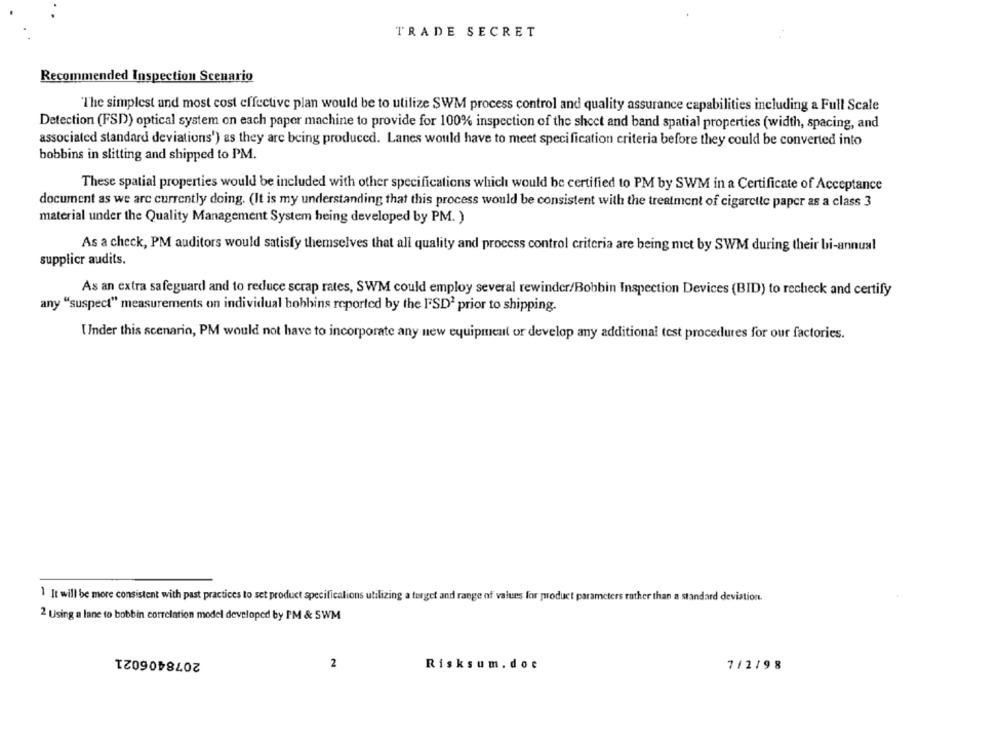
TRADE SECRET
Recommended Inspection Scenario
The simplest and most cost effective plan would be to utilize SWM process control and quality assurance capabilities including a Full Scale
Detection (FSD)) optical system on each paper machine to provide for 100% inspection of the sheet and band spatial properties (width, spacing, and
associated standard deviations') as they are being produced. Lanes would have to meet specification criteria before they could be converted into
bobbins in slitting and shipped to PM.
These spatial properties would be included with other specifications which would be certified to PM by SWM in a Certificate of Acceptance
document as we are currently doing. (It is my understanding that this process would be consistent with the treatment of cigarette paper as a class 3
material under the Quality Management System being developed by PM. )
As a check, PM auditors would satisfy themselves that all quality and process control criteria are being met by SWM during their bi-annual
supplicr audits.
As an extra safeguard and to reduce scrap rates, SWM could employ several rewindcr/Bobbin Inspection Devices (BID) to recheck and certify
any "suspect" measurements on individual bobbins reported by the PSD2 prior to shipping.
Under this scenario, PM would not have to incorporate any new equipment or develop any additional test procedures for our factories.
1 It will be more consistent with past practices to set product specifications utilizing a target and range of values for product parameters rather than a standard deviation.
2 Using a lane to bobbin correlation model developed by I'M & SWM
2078406021
2
Risksum.doc
7/2/98